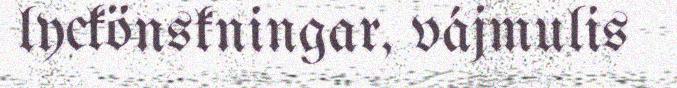
lyckönskningar, vájmulis